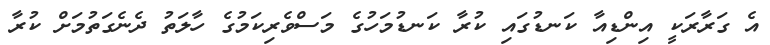
އެ ގަރާރަކީ އިންޑިއާ ކަނޑުގައި ކުރާ ކަނޑުމަހުގެ މަސްވެރިކަމުގެ ހާލަތު ދެނެގަތުމަށް ކުރާ